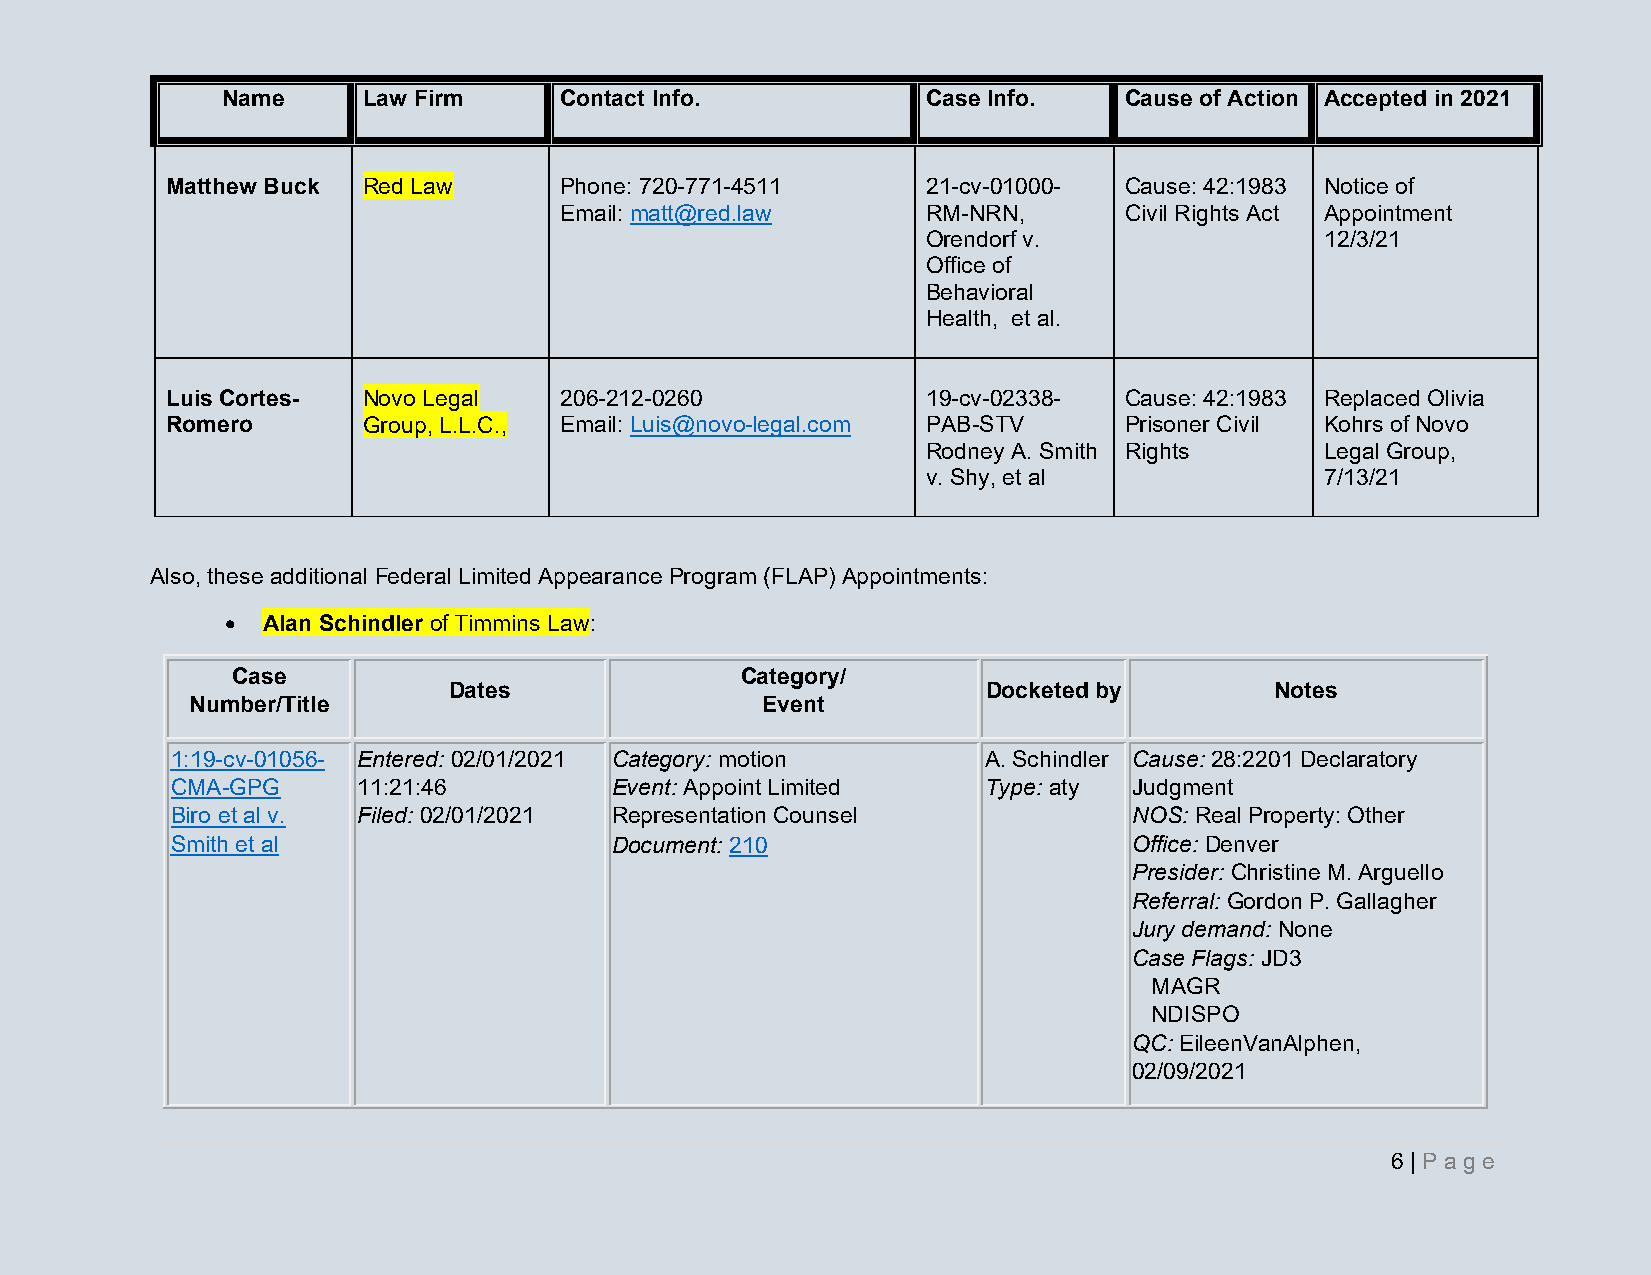
Name     Law Firm     Contact Info.           Case Info.   Cause of Action Accepted in 2021
 Matthew Buck Red Law      Phone: 720-771-4511     21-cv-01000- Cause: 42:1983 Notice of
 Email: matt@red.law     RM-NRN,      Civil Rights Act Appointment
 Orendorf v.                12/3/21
 Office of
 Behavioral
 Health, et al.
 Luis Cortes- Novo Legal   206-212-0260            19-cv-02338- Cause: 42:1983 Replaced Olivia
 Romero       Group, L.L.C., Email: Luis@novo-legal.com PAB-STV Prisoner Civil Kohrs of Novo
 Rodney A. Smith Rights     Legal Group,
 v. Shy, et al              7/13/21
 Also, these additional Federal Limited Appearance Program (FLAP) Appointments:
 • Alan Schindler of Timmins Law:
 Case                              Category/
 Dates                              Docketed by        Notes
 Number/Title                         Event
 1:19-cv-01056- Entered: 02/01/2021 Category: motion   A. Schindler Cause: 28:2201 Declaratory
 CMA-GPG      11:21:46        Event: Appoint Limited   Type: aty Judgment
 Biro et al v. Filed: 02/01/2021 Representation Counsel          NOS: Real Property: Other
 Smith et al                  Document: 210                      Office: Denver
 Presider: Christine M. Arguello
 Referral: Gordon P. Gallagher
 Jury demand: None
 Case Flags: JD3
 MAGR
 NDISPO
 QC: EileenVanAlphen,
 02/09/2021
 6 | Pa g e